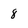
Character: 8